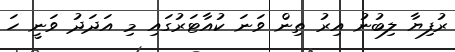
ރުފިޔާ ލިބުނު އިރު ތިން ވަނަ ކުއާޓަރުގައި މި އަދަދު ވަނީ ހަ